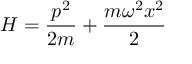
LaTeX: H = \frac { p ^ { 2 } } { 2 m } + \frac { m \omega ^ { 2 } x ^ { 2 } } { 2 }